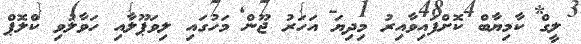
ލީގް ކާމިޔާބް ކޮށްފައިވާއިރު މިދިޔަ އަހަރު ޖޫން މަހުގައި ލިވަޕޫލާއި ހަވާލުވި ކްލޮޕް